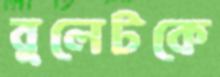
বুলেটকে